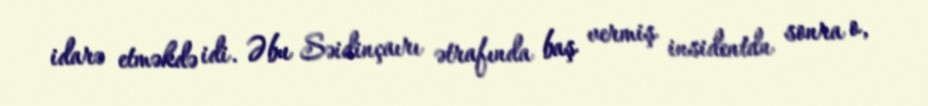
idarə etməkdə idi. Əbu Səidinçaırı ətrafında baş vermiş insidentdn sonra o,